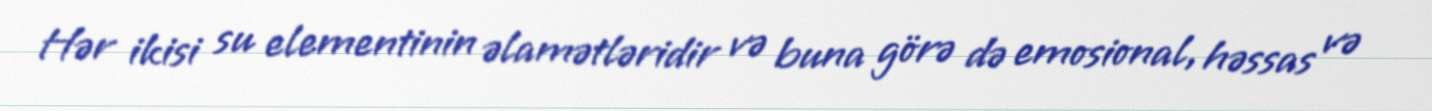
Hər ikisi su elementinin əlamətləridir və buna görə də emosional, həssas və